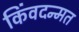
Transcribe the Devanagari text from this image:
किंवदन्मत